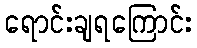
ရောင်းချရကြောင်း